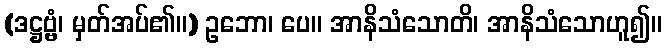
(ဒဋ္ဌဗ္ဗံ၊ မှတ်အပ်၏။) ဥဘော၊ ပေ။ အာနိသံသောတိ၊ အာနိသံသောဟူ၍။